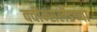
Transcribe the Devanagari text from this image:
क्वीन्सलँडच्या